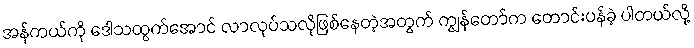
အန်ကယ်ကို ဒေါသထွက်အောင် လာလုပ်သလိုဖြစ်နေတဲ့အတွက် ကျွန်တော်က တောင်းပန်ခဲ့ ပါတယ်လို့